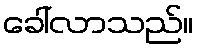
ခေါ်လာသည်။